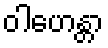
ဝါဟေန္တာ